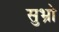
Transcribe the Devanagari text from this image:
सुभ्रो